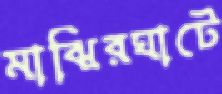
মাঝিরঘাটে